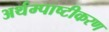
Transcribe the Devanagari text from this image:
अर्थम्पाष्टीकरण